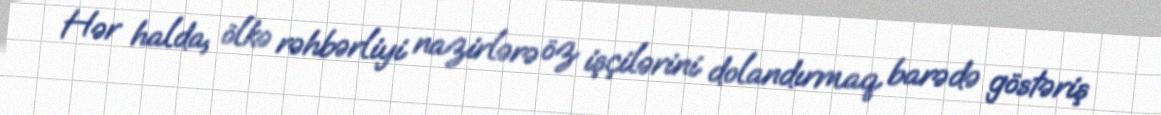
Hər halda, ölkə rəhbərliyi nazirlərə öz işçilərini dolandırmaq barədə göstəriş